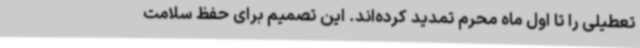
تعطیلی را تا اول ماه محرم تمدید کرده‌اند. این تصمیم برای حفظ سلامت